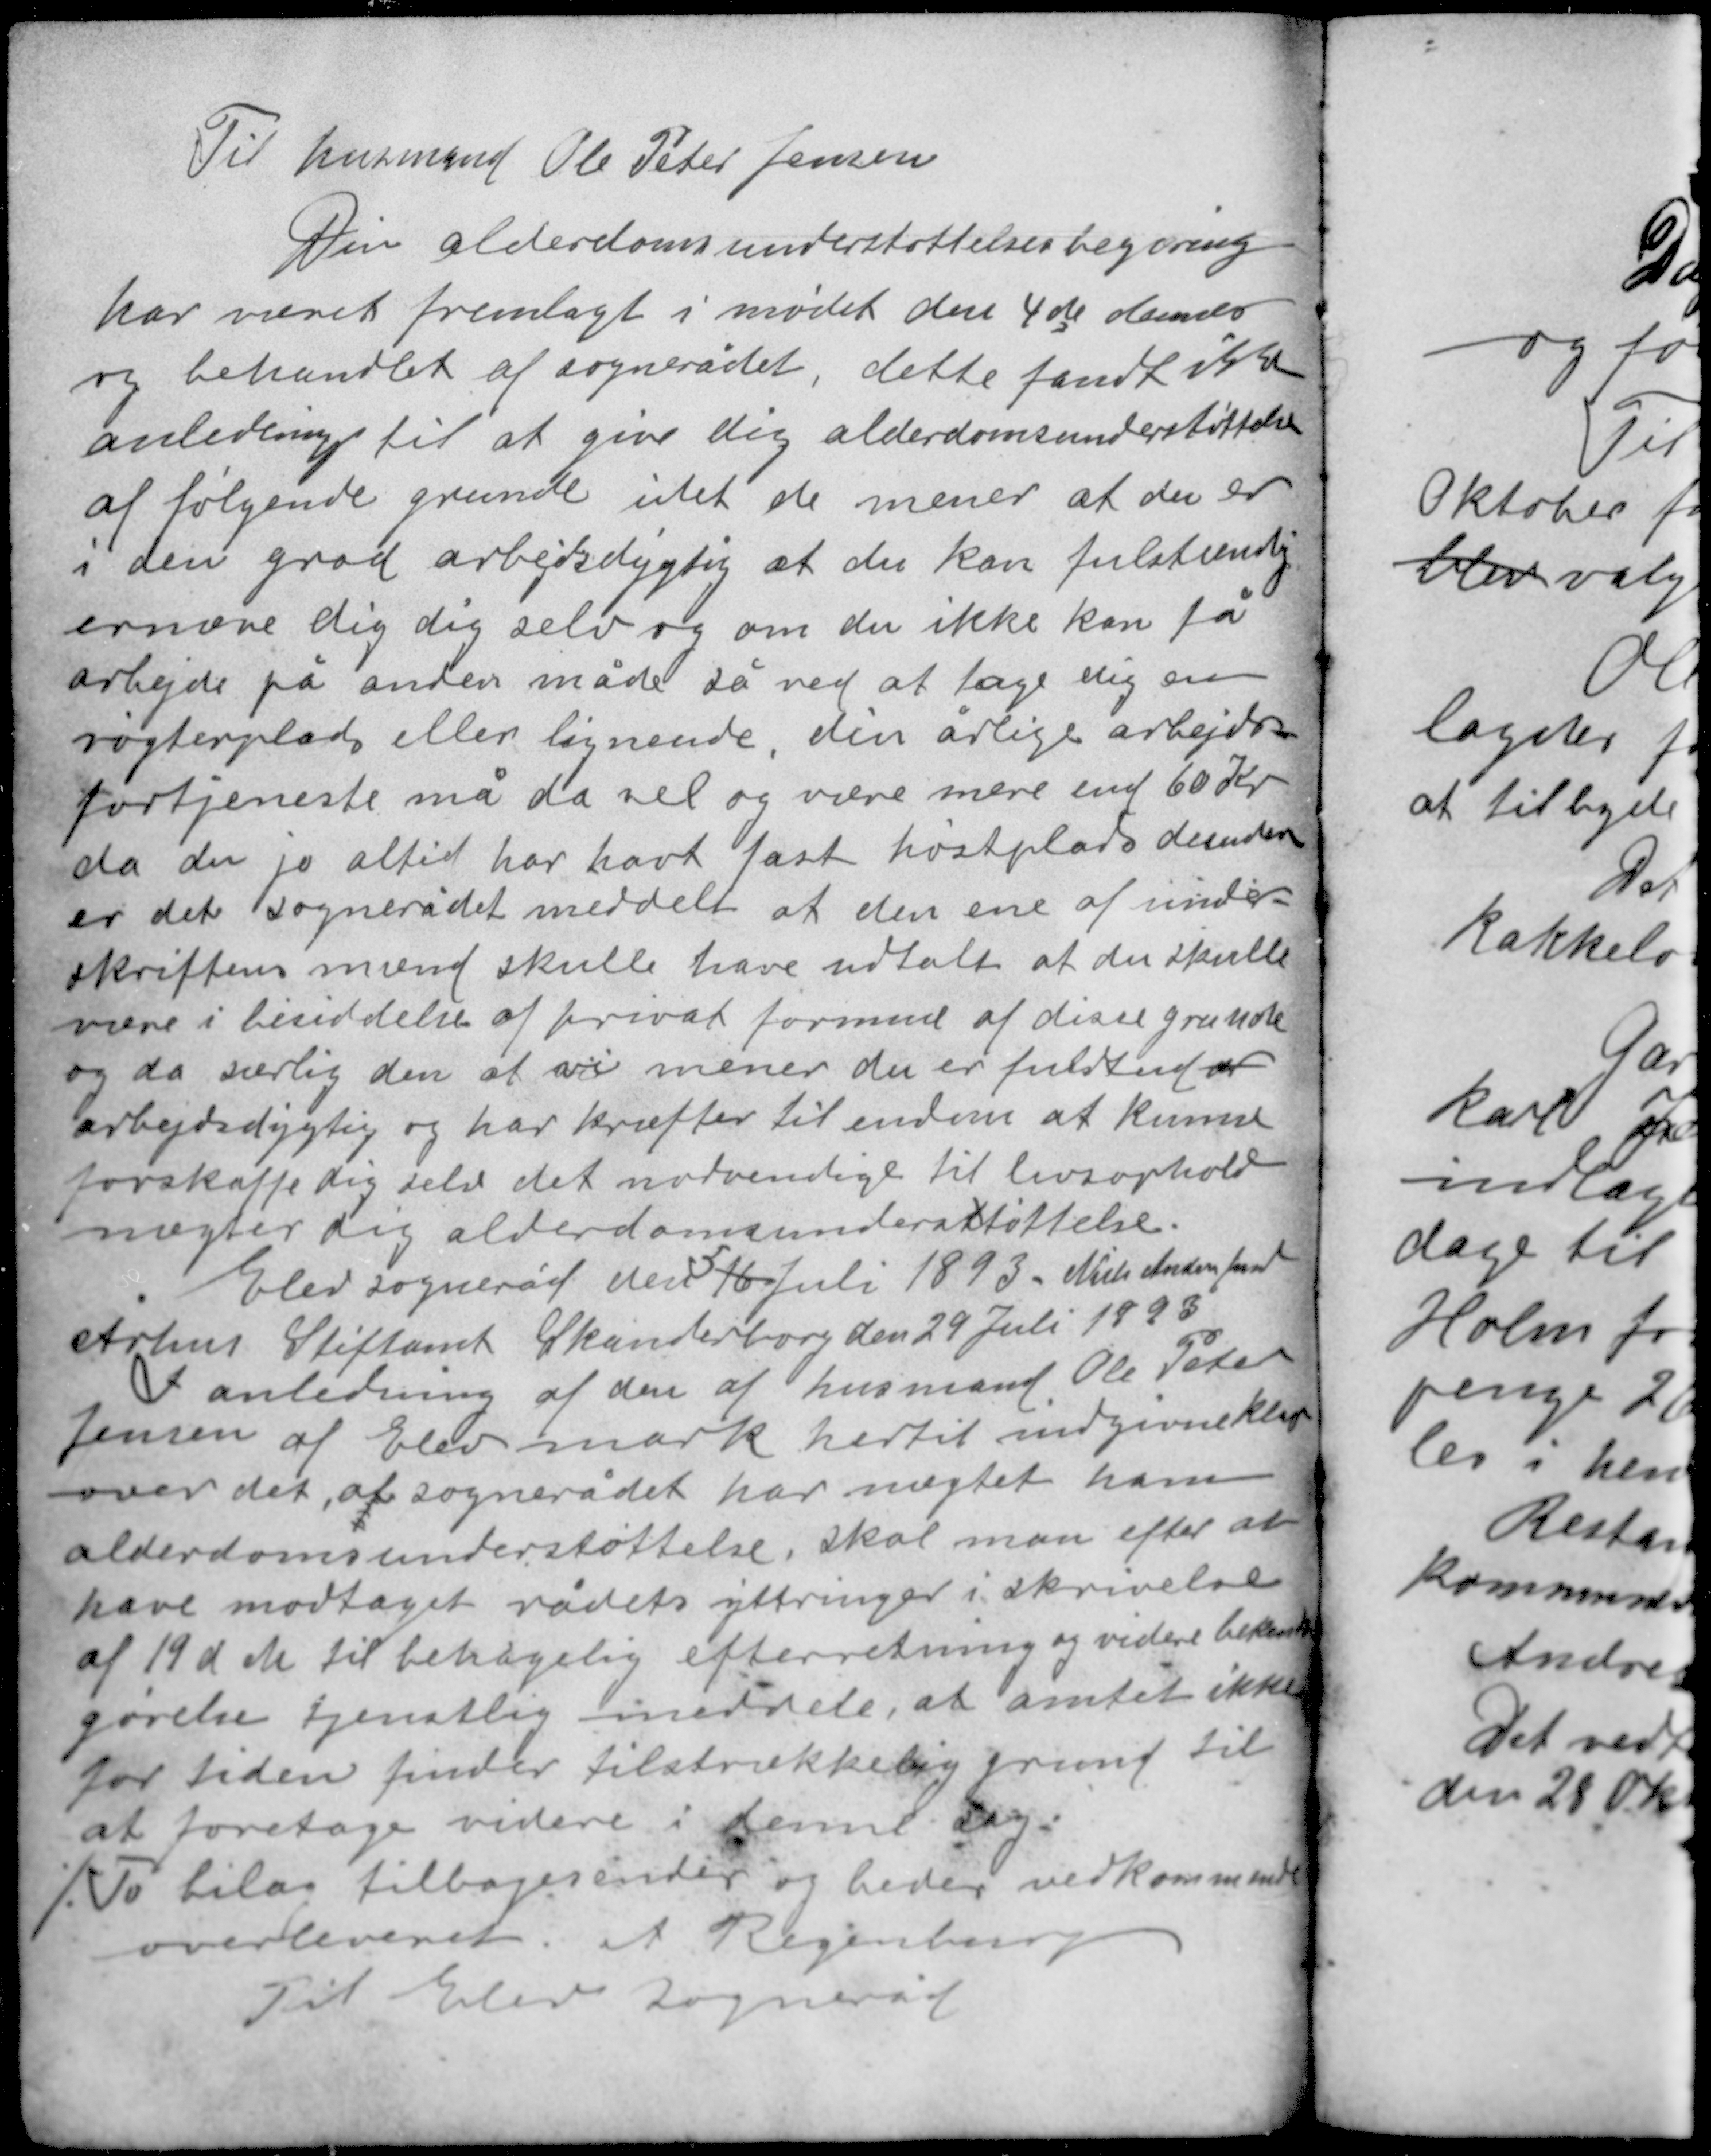
Transskription:
Til husmand Ole Peter Jensen

Din alderdomsunderstøttelsesbegæring
har været fremlagt i mødet den 4de dennes
og behandlet af sognerådet, dette fandt ikke
anledning til at give dig alderdomsunderstøttelse
af følgende grunde idet de mener at du er
i den grad arbejdsdygtig at du kan fulstændig
ernære dig dig selv og om du ikke kan få
arbejde på anden måde så ved at tage dig en
vogterplads eller lignende, din årlige arbejds-
fortjeneste må da vel og være mere end 60 Kr
da du jo altid har havt fast høstplads desuden
er det sognerådet meddelt at den ene af under-
skriftens mænd skulle have udtalt at du skulle
være i besiddelse af privat formue af disse grunde
og da særlig den at vi mener du er fuldt ud ar
arbejdsdygtig og har kræfter til endnu at kunne
forskaffe dig selv det nødvendige til livsophold
nægter dig afderdomsundersttøttelse.

5
Elev sogneråd den 16 Juli 1893 Niels Andersen fmd
Århus Stiftamt Skanderborg den 29 Juli 1893
I anledning af den af husmand Ole Peter
Jensen af Elev mark hertil indgivne klage
over det at sognerådet har nægtet ham
alderdomsunderstøttelse skal man efter at
have modtaget rådets yttringer i skrivelse
af 19 d M til behagelig efterretning og videre bekendt-
gørelse tjenstlig meddele, at amtet ikke
for tiden finder tilstrækkelig grund til
at foretage videre i denne sag.
./. To bilag tilbagesendes og bedes vedkommende
overleveret A Regenburg
Til Elev sogneråd